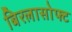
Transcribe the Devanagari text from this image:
बिरलासोफ्ट